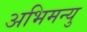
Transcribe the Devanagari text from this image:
अभिमन्‍यु